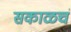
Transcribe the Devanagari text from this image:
सकाळचं